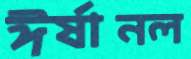
ঈর্ষানল